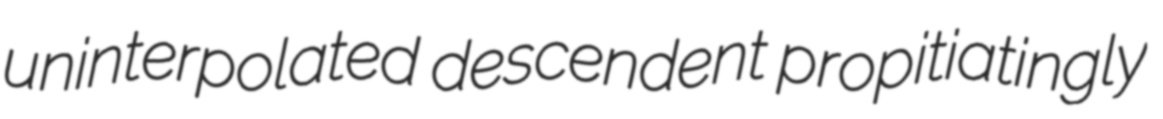
uninterpolated descendent propitiatingly